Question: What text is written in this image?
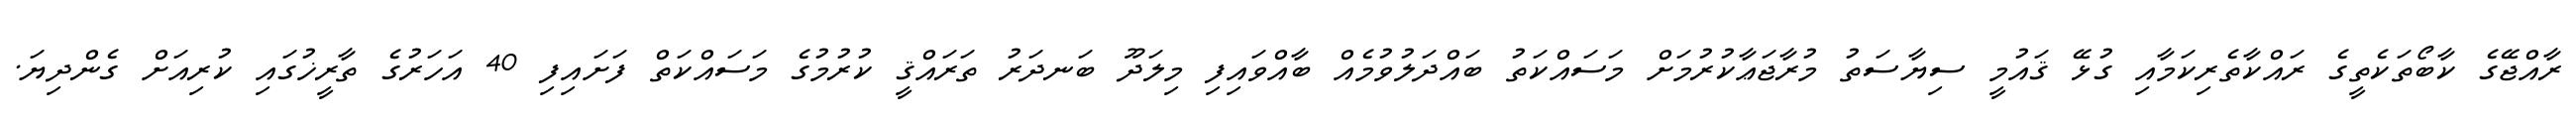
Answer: ރާއްޖޭގެ ކާބޯތަކެތީގެ ރައްކާތެރިކަމާއި ގުޅޭ ޤައުމީ ސިޔާސަތު މުރާޖަޢާކުރުމަށް މަސައްކަތު ބައްދަލުވުމެއް ބާއްވައިފި މިލަދޫ ބަނދަރު ތަރައްޤީ ކުރުމުގެ މަސައްކަތް ފަށައިފި 40 އަހަރުގެ ތާރީޚުގައި ކުރިއަށް ގެންދިޔަ.